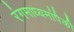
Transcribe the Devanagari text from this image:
रंगमाध्यमांपैकी